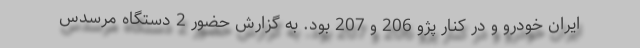
ایران خودرو و در کنار پژو 206 و 207 بود. به گزارش حضور 2 دستگاه مرسدس